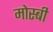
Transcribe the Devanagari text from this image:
मोस्बी